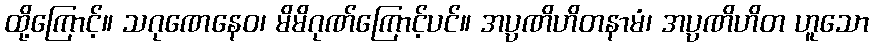
ထို့ကြောင့်။ သဂုဏေနေဝ၊ မိမိဂုဏ်ကြောင့်ပင်။ အပ္ပဏိဟိတနာမံ၊ အပ္ပဏိဟိတ ဟူသော